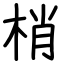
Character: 梢